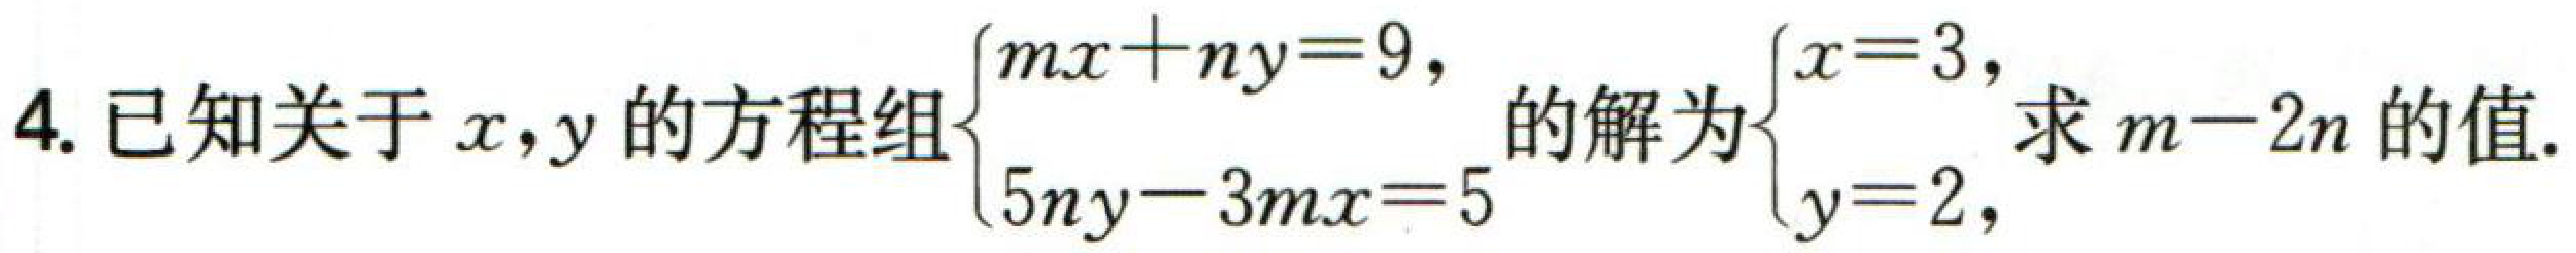
4.已知关于\(x,y\)的方程组\(\begin{cases}mx + ny = 9\\5ny - 3mx = 5\end{cases}\)的解为\(\begin{cases}x = 3\\y = 2\end{cases}\)，求\(m - 2n\)的值.